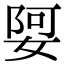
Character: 娿